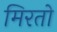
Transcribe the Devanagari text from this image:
मिरतो